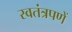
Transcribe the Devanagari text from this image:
स्वतंत्रपणें